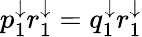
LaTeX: p_{1}^{\downarrow}r_{1}^{\downarrow}=q_{1}^{\downarrow}r_{1}^{\downarrow}